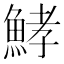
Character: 𩷨